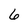
Character: 6